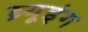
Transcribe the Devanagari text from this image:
ब्र्यूइंग